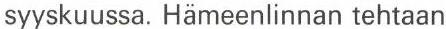
syyskuussa. Hämeenlinnan tehtaan